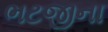
ભટજીના